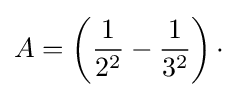
A=\left({\frac {1}{2^{2}}}-{\frac {1}{3^{2}}}\right)\cdot